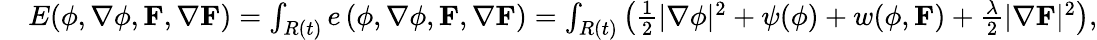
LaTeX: \begin{array}{rl}&{E(\phi,\nabla\phi,\mathbf{F},\nabla\mathbf{F})=\int_{R(t)}e\left(\phi,\nabla\phi,\mathbf{F},\nabla\mathbf{F}\right)=\int_{R(t)}\left(\frac{1}{2}|\nabla\phi|^{2}+\psi(\phi)+w(\phi,\mathbf{F})+\frac{\lambda}{2}|\nabla\mathbf{F}|^{2}\right),}\end{array}